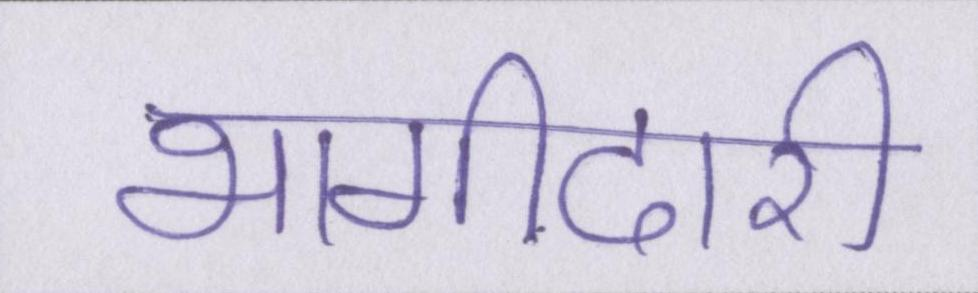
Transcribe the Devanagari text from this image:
भागीदारी